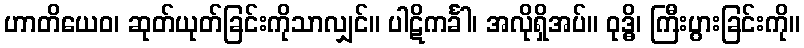
ဟာတိယေဝ၊ ဆုတ်ယုတ်ခြင်းကိုသာလျှင်။ ပါဋိကင်္ခါ၊ အလိုရှိအပ်။ ဝုဒ္ဓိ၊ ကြီးပွားခြင်းကို။